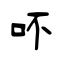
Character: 吥